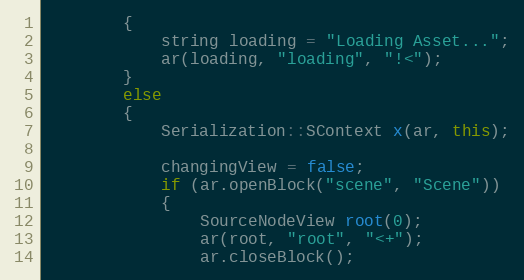
Language: C++
		{
			string loading = "Loading Asset...";
			ar(loading, "loading", "!<");
		}
		else
		{
			Serialization::SContext x(ar, this);

			changingView = false;
			if (ar.openBlock("scene", "Scene"))
			{
				SourceNodeView root(0);
				ar(root, "root", "<+");
				ar.closeBlock();